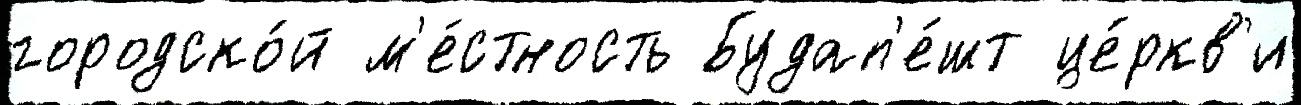
городско́й м'е́стность Будап'е́шт це́ркв'и